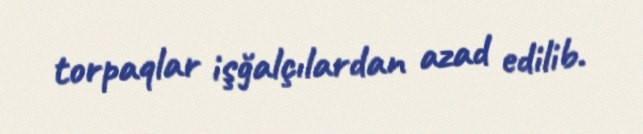
torpaqlar işğalçılardan azad edilib.